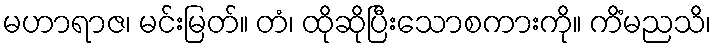
မဟာရာဇ၊ မင်းမြတ်။ တံ၊ ထိုဆိုပြီးသောစကားကို။ ကိံမညသိ၊